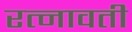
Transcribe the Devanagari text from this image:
रत्नावती